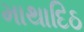
માથાદિઠ